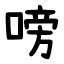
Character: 嗙